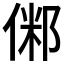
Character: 𠋇